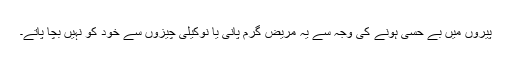
پیروں میں بے حسی ہونے کی وجہ سے یہ مریض گرم پانی یا نوکیلی چیزوں سے خود کو نہیں بچا پاتے۔